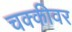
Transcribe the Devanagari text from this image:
चक्कीवर